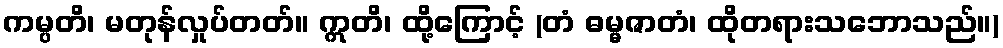
ကမ္ပတိ၊ မတုန်လှုပ်တတ်။ ဣတိ၊ ထို့ကြောင့် (တံ ဓမ္မဇာတံ၊ ထိုတရားသဘောသည်။)